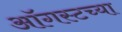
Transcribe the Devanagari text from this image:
आॅगस्टच्या